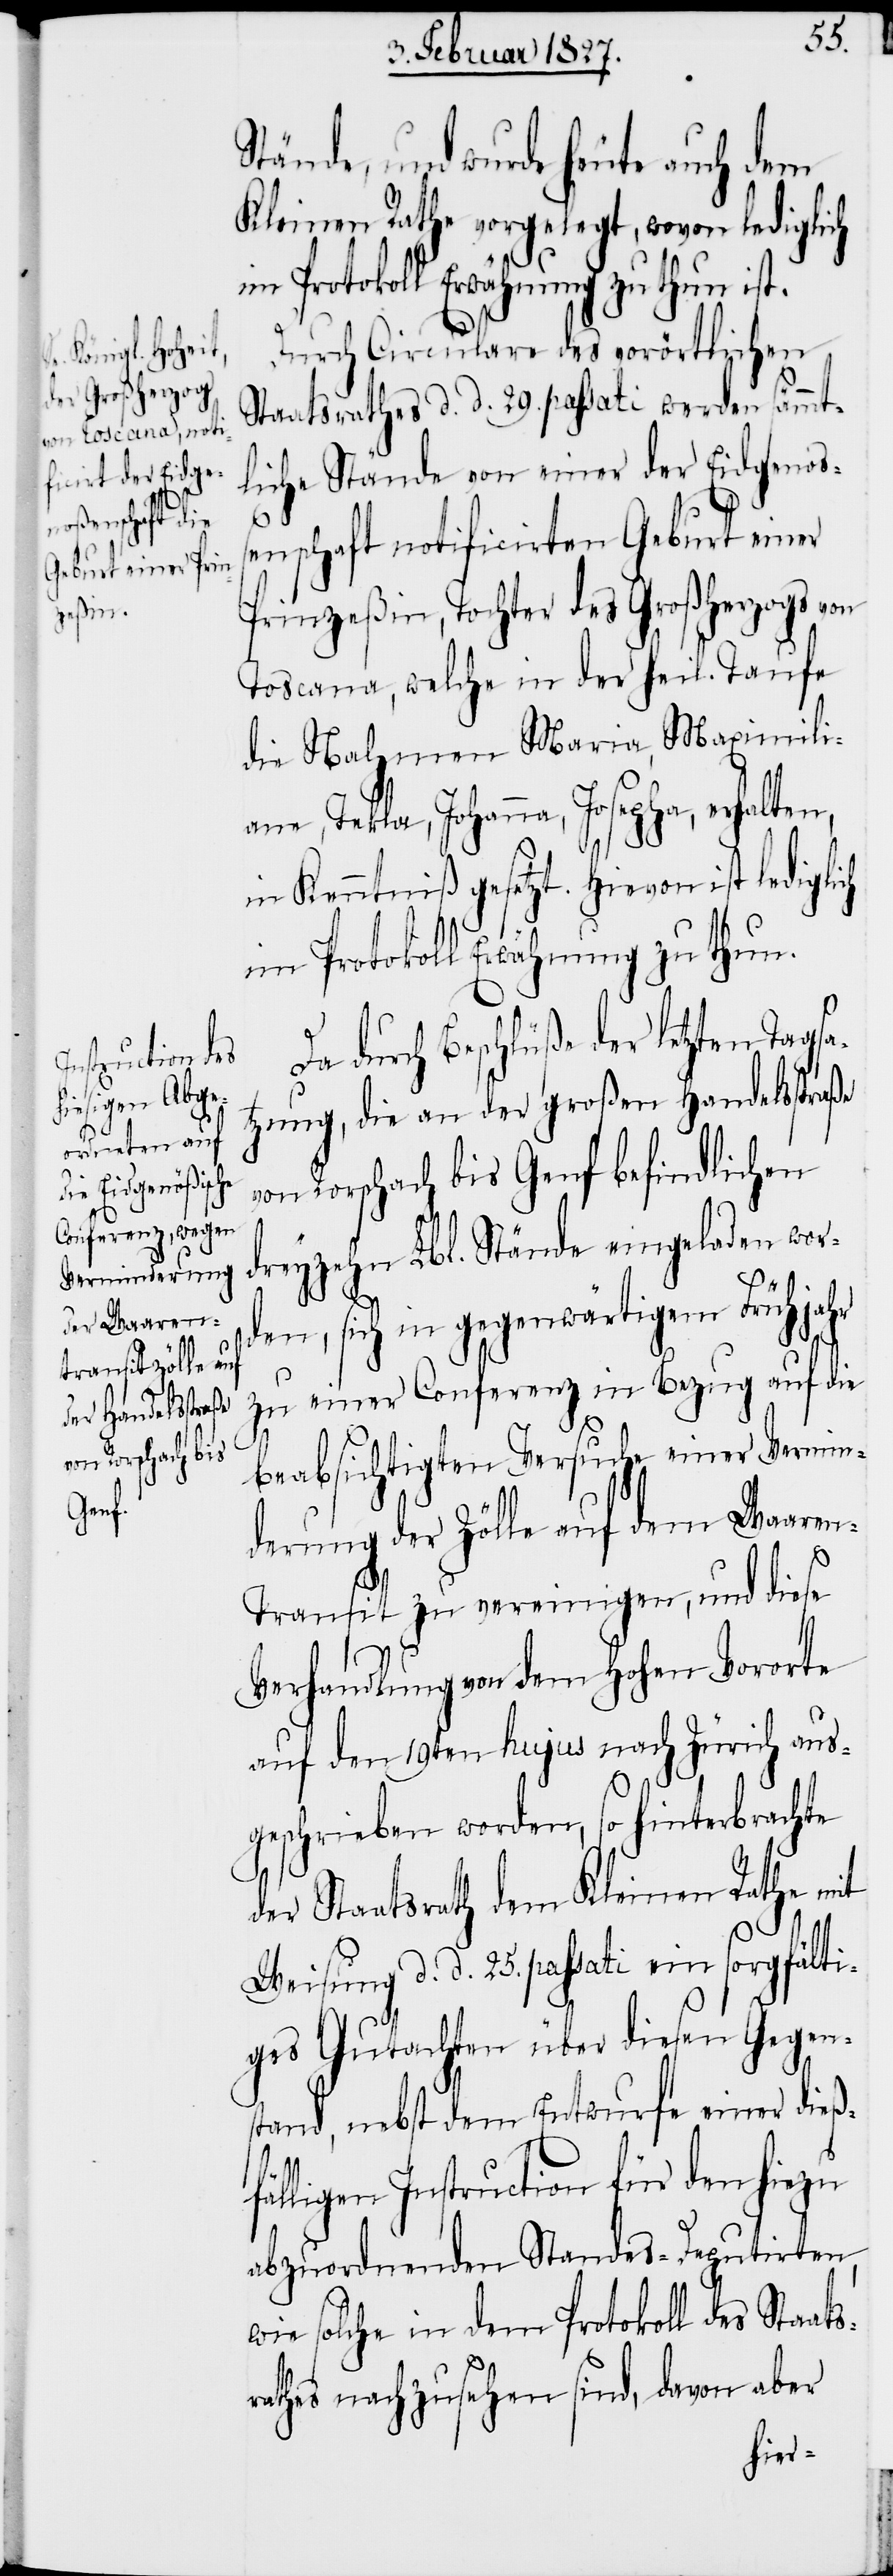
s¬

Stände, und wurde heute auch dem
Kleinen Rathe vorgelegt, wovon lediglich
im Protokoll Erwähnung zu thun.
Durch Circulare des vorörtlichen
Staatsrathes d. d. 29. passati werden sämmt¬
liche Stände von einer der Eidgenoß¬
enschaft notificirten Geburt einer
Prinzeßin, Tochter des Großherzogs von
Toscana, welche in der heil. Taufe
die Namen Maria, Maximili¬
ana, Tekla, Johanna, Josepha, erhalten,
in Kenntniß gesetzt. Hievon ist lediglich
durch Beschlüße der letzten Tagsa¬
tzung, die an der großen Handelsstraße
von Rorschach bis Genf befindlichen
dreyzehn Lbl. Stände eingeladen wor¬
den, sich in gegenwärtigem Frühjahr
zu einer Conferenz in Bezug auf die
beabsichtigten Versuche einer Vermin¬
derung der Zölle auf dem Waare¬
n-Transit zu vereinigen, und diese
Verhandlung von dem Hohen Vororte
auf den 19ten hujus nach Zürich aus¬
geschrieben worden, so hinterbrachte
er Staatsrath dem Kleinen Rathe mit
Weisung d. d. 25. passati ein sorgfälti¬
ges Gutachten über diesen Gegen¬
stand, nebst dem Entwurfe einer dieß¬
fälligen Instruction für den hiezu
abzuordnenden Standes-Deputirten,
wie solche in dem Protokoll des Staat¬
raths nachzusehen sind, davon aber